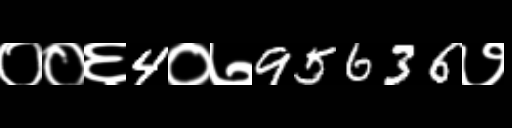
Text: ००६4०७95636७